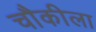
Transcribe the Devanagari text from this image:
चौकीला